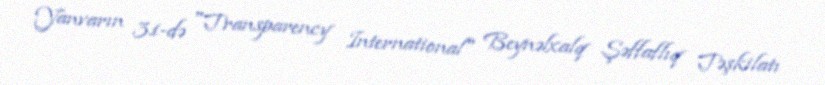
Yanvarın 31-də "Transparency International" Beynəlxalq Şəffaflıq Təşkilatı